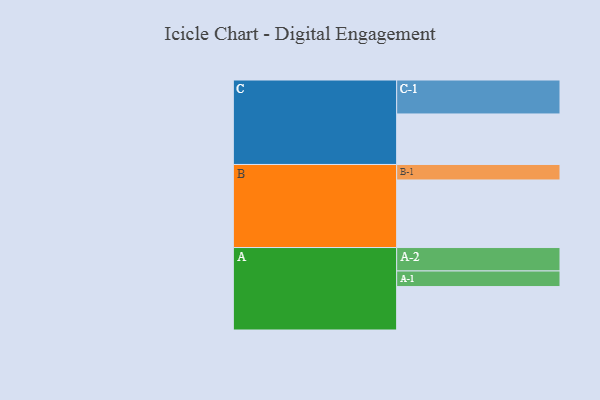
{"axis": {"x": "Segment", "y": "Value"}, "legend": ["", "A", "B", "C"], "data": [{"x": "A", "y": 367, "type": ""}, {"x": "B", "y": 571, "type": ""}, {"x": "C", "y": 427, "type": ""}, {"x": "A-1", "y": 132, "type": "A"}, {"x": "A-2", "y": 198, "type": "A"}, {"x": "B-1", "y": 131, "type": "B"}, {"x": "C-1", "y": 287, "type": "C"}]}